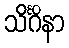
သိင်္ဂိနာ